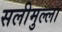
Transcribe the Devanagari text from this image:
सलीमुल्ला